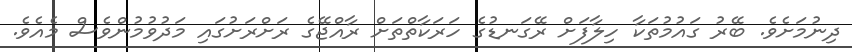
ދިނުމަށެވެ. ބޭރު ގައުމުތަކާ ހިލާފަށް ރޭގަނޑުގެ ހަރަކާތްތަށް ރާއްޖޭގެ ރަށްރަށުގައި މަދުވުމުންވެސް މެއެވެ.